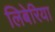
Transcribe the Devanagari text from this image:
लिबेरिया